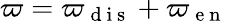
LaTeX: \varpi=\varpi_{\mathrm{~d~i~s~}}+\varpi_{\mathrm{~e~n~}}